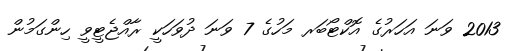
2013 ވަނަ އަހަރުގެ އޮކްޓޯބަރ މަހުގެ 7 ވަނަ ދުވަހަކީ ރާއްޖެޓީވީ ހިންގަމުން